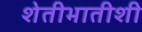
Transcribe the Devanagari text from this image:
शेतीभातीशी